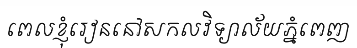
ពេលខ្ញុំរៀននៅសកលវិទ្យាល័យភ្នំពេញ